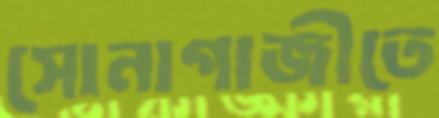
সোনাগাজীতে